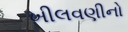
ખીલવણીનો